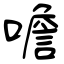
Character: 噡